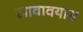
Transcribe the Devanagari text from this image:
लावावयास